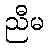
ညီမ